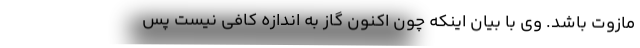
مازوت باشد. وی با بیان اینکه چون اکنون گاز به اندازه کافی نیست پس